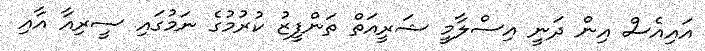
އައިއެސް އިން ދަނީ އިސްލާމީ ޝަރީއަތް ތަންފީޒު ކުރުމުގެ ނަމުގައި ސީރިއާ އާއި